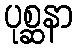
ပုစ္ဆနာ